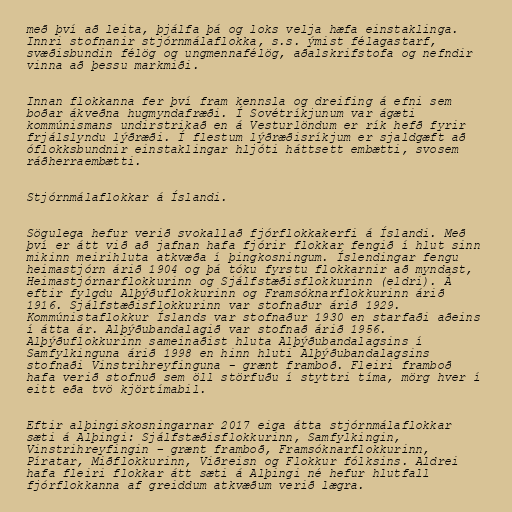
með því að leita, þjálfa þá og loks velja hæfa einstaklinga.
Innri stofnanir stjórnmálaflokka, s.s. ýmist félagastarf,
svæðisbundin félög og ungmennafélög, aðalskrifstofa og nefndir
vinna að þessu markmiði.

Innan flokkanna fer því fram kennsla og dreifing á efni sem
boðar ákveðna hugmyndafræði. Í Sovétríkjunum var ágæti
kommúnismans undirstrikað en á Vesturlöndum er rík hefð fyrir
frjálslyndu lýðræði. Í flestum lýðræðisríkjum er sjaldgæft að
óflokksbundnir einstaklingar hljóti háttsett embætti, svosem
ráðherraembætti.

Stjórnmálaflokkar á Íslandi.

Sögulega hefur verið svokallað fjórflokkakerfi á Íslandi. Með
því er átt við að jafnan hafa fjórir flokkar fengið í hlut sinn
mikinn meirihluta atkvæða í þingkosningum. Íslendingar fengu
heimastjórn árið 1904 og þá tóku fyrstu flokkarnir að myndast,
Heimastjórnarflokkurinn og Sjálfstæðisflokkurinn (eldri). Á
eftir fylgdu Alþýðuflokkurinn og Framsóknarflokkurinn árið
1916. Sjálfstæðisflokkurinn var stofnaður árið 1929.
Kommúnistaflokkur Íslands var stofnaður 1930 en starfaði aðeins
í átta ár. Alþýðubandalagið var stofnað árið 1956.
Alþýðuflokkurinn sameinaðist hluta Alþýðubandalagsins í
Samfylkinguna árið 1998 en hinn hluti Alþýðubandalagsins
stofnaði Vinstrihreyfinguna - grænt framboð. Fleiri framboð
hafa verið stofnuð sem öll störfuðu í styttri tíma, mörg hver í
eitt eða tvö kjörtímabil.

Eftir alþingiskosningarnar 2017 eiga átta stjórnmálaflokkar
sæti á Alþingi: Sjálfstæðisflokkurinn, Samfylkingin,
Vinstrihreyfingin – grænt framboð, Framsóknarflokkurinn,
Píratar, Miðflokkurinn, Viðreisn og Flokkur fólksins. Aldrei
hafa fleiri flokkar átt sæti á Alþingi né hefur hlutfall
fjórflokkanna af greiddum atkvæðum verið lægra.